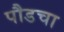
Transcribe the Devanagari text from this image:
पौडचा